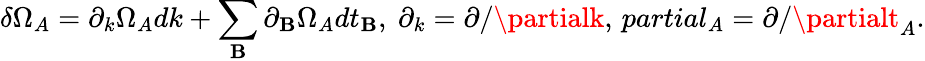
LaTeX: \delta\Omega_{A}=\partial_{k}\Omega_{A}dk+\sum_{\mathbf{B}}\partial_{\mathbf{B}}\Omega_{A}dt_{\mathbf{B}},\ \partial_{k}=\partial/\partialk,\, partial_{A}=\partial/\partialt_{A}.